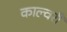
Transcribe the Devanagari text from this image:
काल्वरी